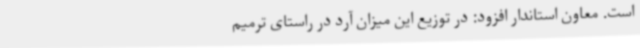
است. معاون استاندار افزود: در توزیع این میزان آرد در راستای ترمیم